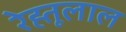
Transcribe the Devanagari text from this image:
रेह्तूलाल